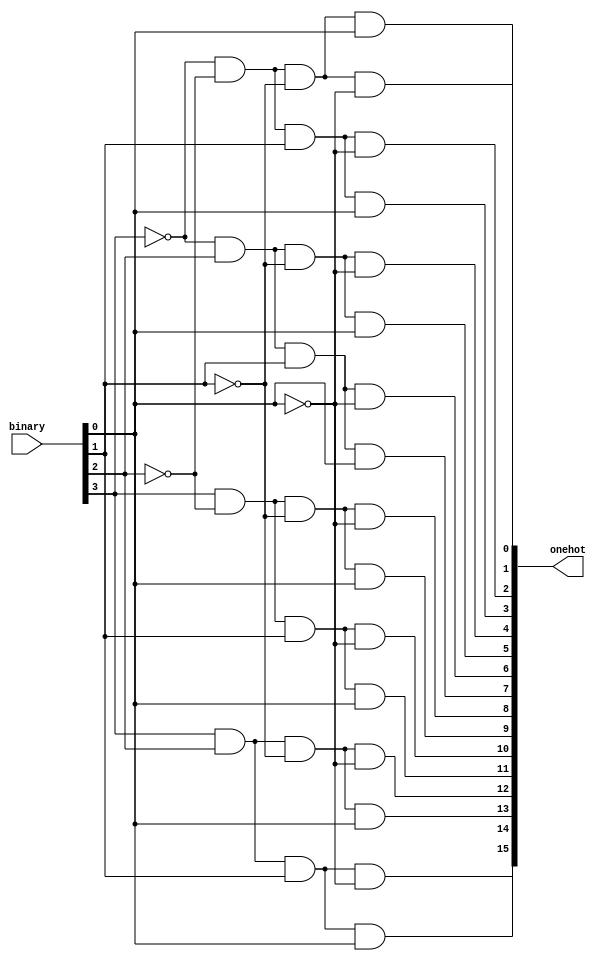
//-------------------------------------------------
//
// Sample 4 to 16 decoder, Structural. 
// Eric William Becker
// September 25, 2022
//
// For my students this semester.
//
//-------------------------------------------------


//=================================================================
//
// DECODER
//
//=================================================================
module Dec4x16(binary,onehot);

	input [3:0] binary;
	output [15:0]onehot;
	
	assign onehot[ 0]=~binary[3]&~binary[2]&~binary[1]&~binary[0];
	assign onehot[ 1]=~binary[3]&~binary[2]&~binary[1]& binary[0];
	assign onehot[ 2]=~binary[3]&~binary[2]& binary[1]&~binary[0];
	assign onehot[ 3]=~binary[3]&~binary[2]& binary[1]& binary[0];
	assign onehot[ 4]=~binary[3]& binary[2]&~binary[1]&~binary[0];
	assign onehot[ 5]=~binary[3]& binary[2]&~binary[1]& binary[0];
	assign onehot[ 6]=~binary[3]& binary[2]& binary[1]&~binary[0];
	assign onehot[ 7]=~binary[3]& binary[2]& binary[1]& binary[0];
	assign onehot[ 8]= binary[3]&~binary[2]&~binary[1]&~binary[0];
	assign onehot[ 9]= binary[3]&~binary[2]&~binary[1]& binary[0];
	assign onehot[10]= binary[3]&~binary[2]& binary[1]&~binary[0];
	assign onehot[11]= binary[3]&~binary[2]& binary[1]& binary[0];
	assign onehot[12]= binary[3]& binary[2]&~binary[1]&~binary[0];
	assign onehot[13]= binary[3]& binary[2]&~binary[1]& binary[0];
	assign onehot[14]= binary[3]& binary[2]& binary[1]&~binary[0];
	assign onehot[15]= binary[3]& binary[2]& binary[1]& binary[0];
	
endmodule